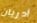
أدريان